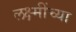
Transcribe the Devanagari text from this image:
लक्ष्मींच्या